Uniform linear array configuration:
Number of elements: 24
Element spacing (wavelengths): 0.25
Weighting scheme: uniform
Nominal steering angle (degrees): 0
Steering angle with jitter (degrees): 0.316
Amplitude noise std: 0.05
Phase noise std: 0.05

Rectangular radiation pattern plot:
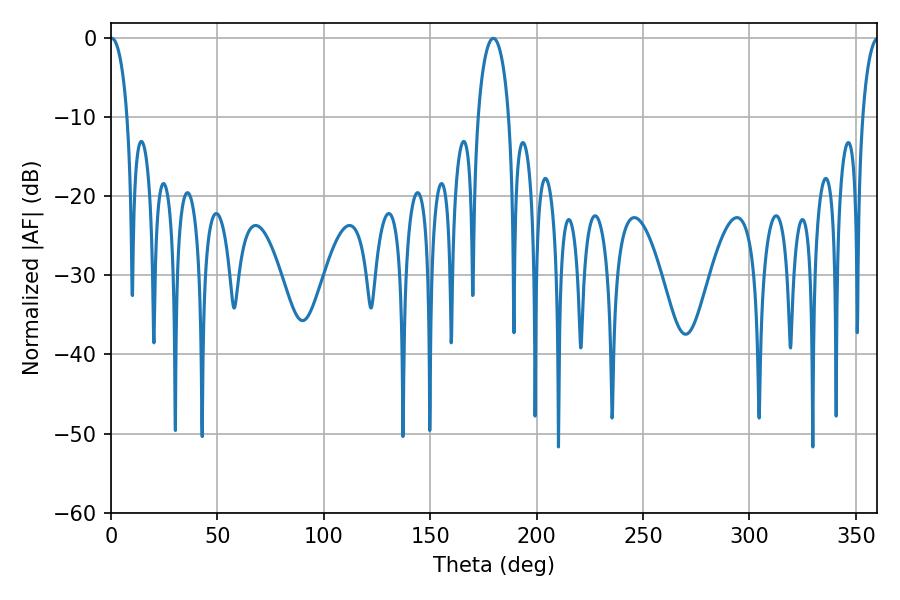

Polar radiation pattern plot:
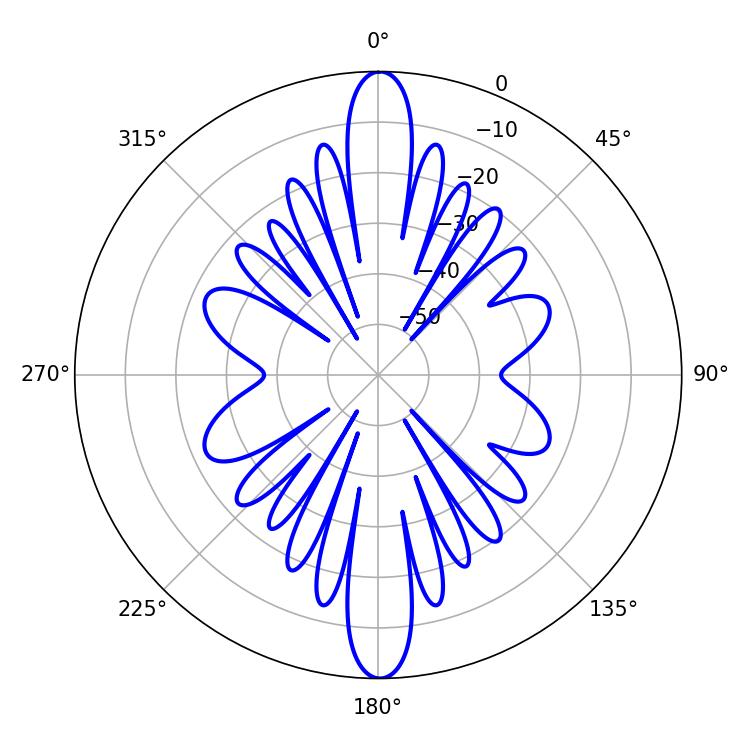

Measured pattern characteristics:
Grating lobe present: FALSE
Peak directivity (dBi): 29.066
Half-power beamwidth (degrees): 4.5
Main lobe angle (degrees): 0.36